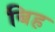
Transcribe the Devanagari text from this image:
बिह